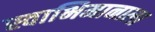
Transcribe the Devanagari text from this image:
स्वाभिमानाला